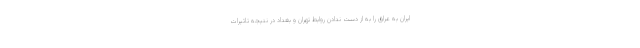
ایران به عراق را به از دست ندادن روابط تهران و بغداد در نتیجه تاثیرات